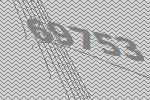
69753